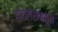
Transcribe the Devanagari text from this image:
होतेलेरापासून